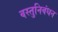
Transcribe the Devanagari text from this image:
वस्तुनिबंधन